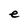
Character: e